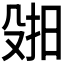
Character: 𫽑